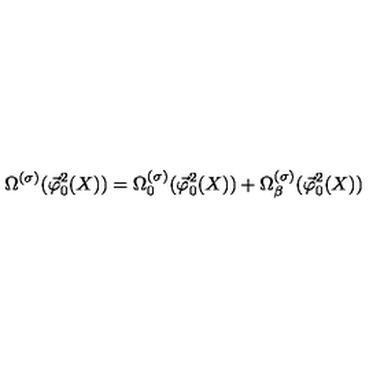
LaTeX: \Omega ^ { ( \sigma ) } ( \vec { \varphi } _ { 0 } ^ { 2 } ( X ) ) = \Omega _ { 0 } ^ { ( \sigma ) } ( \vec { \varphi } _ { 0 } ^ { 2 } ( X ) ) + \Omega _ { \beta } ^ { ( \sigma ) } ( \vec { \varphi } _ { 0 } ^ { 2 } ( X ) )